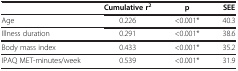
|  | Cumulative r2 | p | SEE |
 | --- | --- | --- | --- |
 | Age | 0.226 | <0.001* | 40.3 |
 | Illness duration | 0.291 | <0.001* | 38.6 |
 | Body mass index | 0.433 | <0.001* | 35.2 |
 | IPAQ MET-minutes/week | 0.539 | <0.001* | 31.9 |